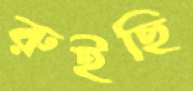
রুইছি